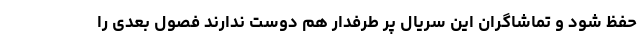
حفظ شود و تماشاگران این سریال پر طرفدار هم دوست ندارند فصول بعدی را